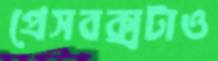
প্রেসবক্সটাও